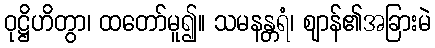
ဝုဋ္ဌိဟိတွာ၊ ထတော်မူ၍။ သမနန္တရံ၊ ဈာန်၏အခြားမဲ